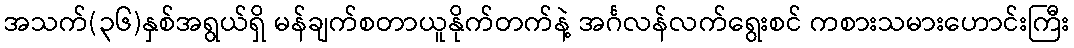
အသက်(၃၆)နှစ်အရွယ်ရှိ မန်ချက်စတာယူနိုက်တက်နဲ့ အင်္ဂလန်လက်ရွေးစင် ကစားသမားဟောင်းကြီး